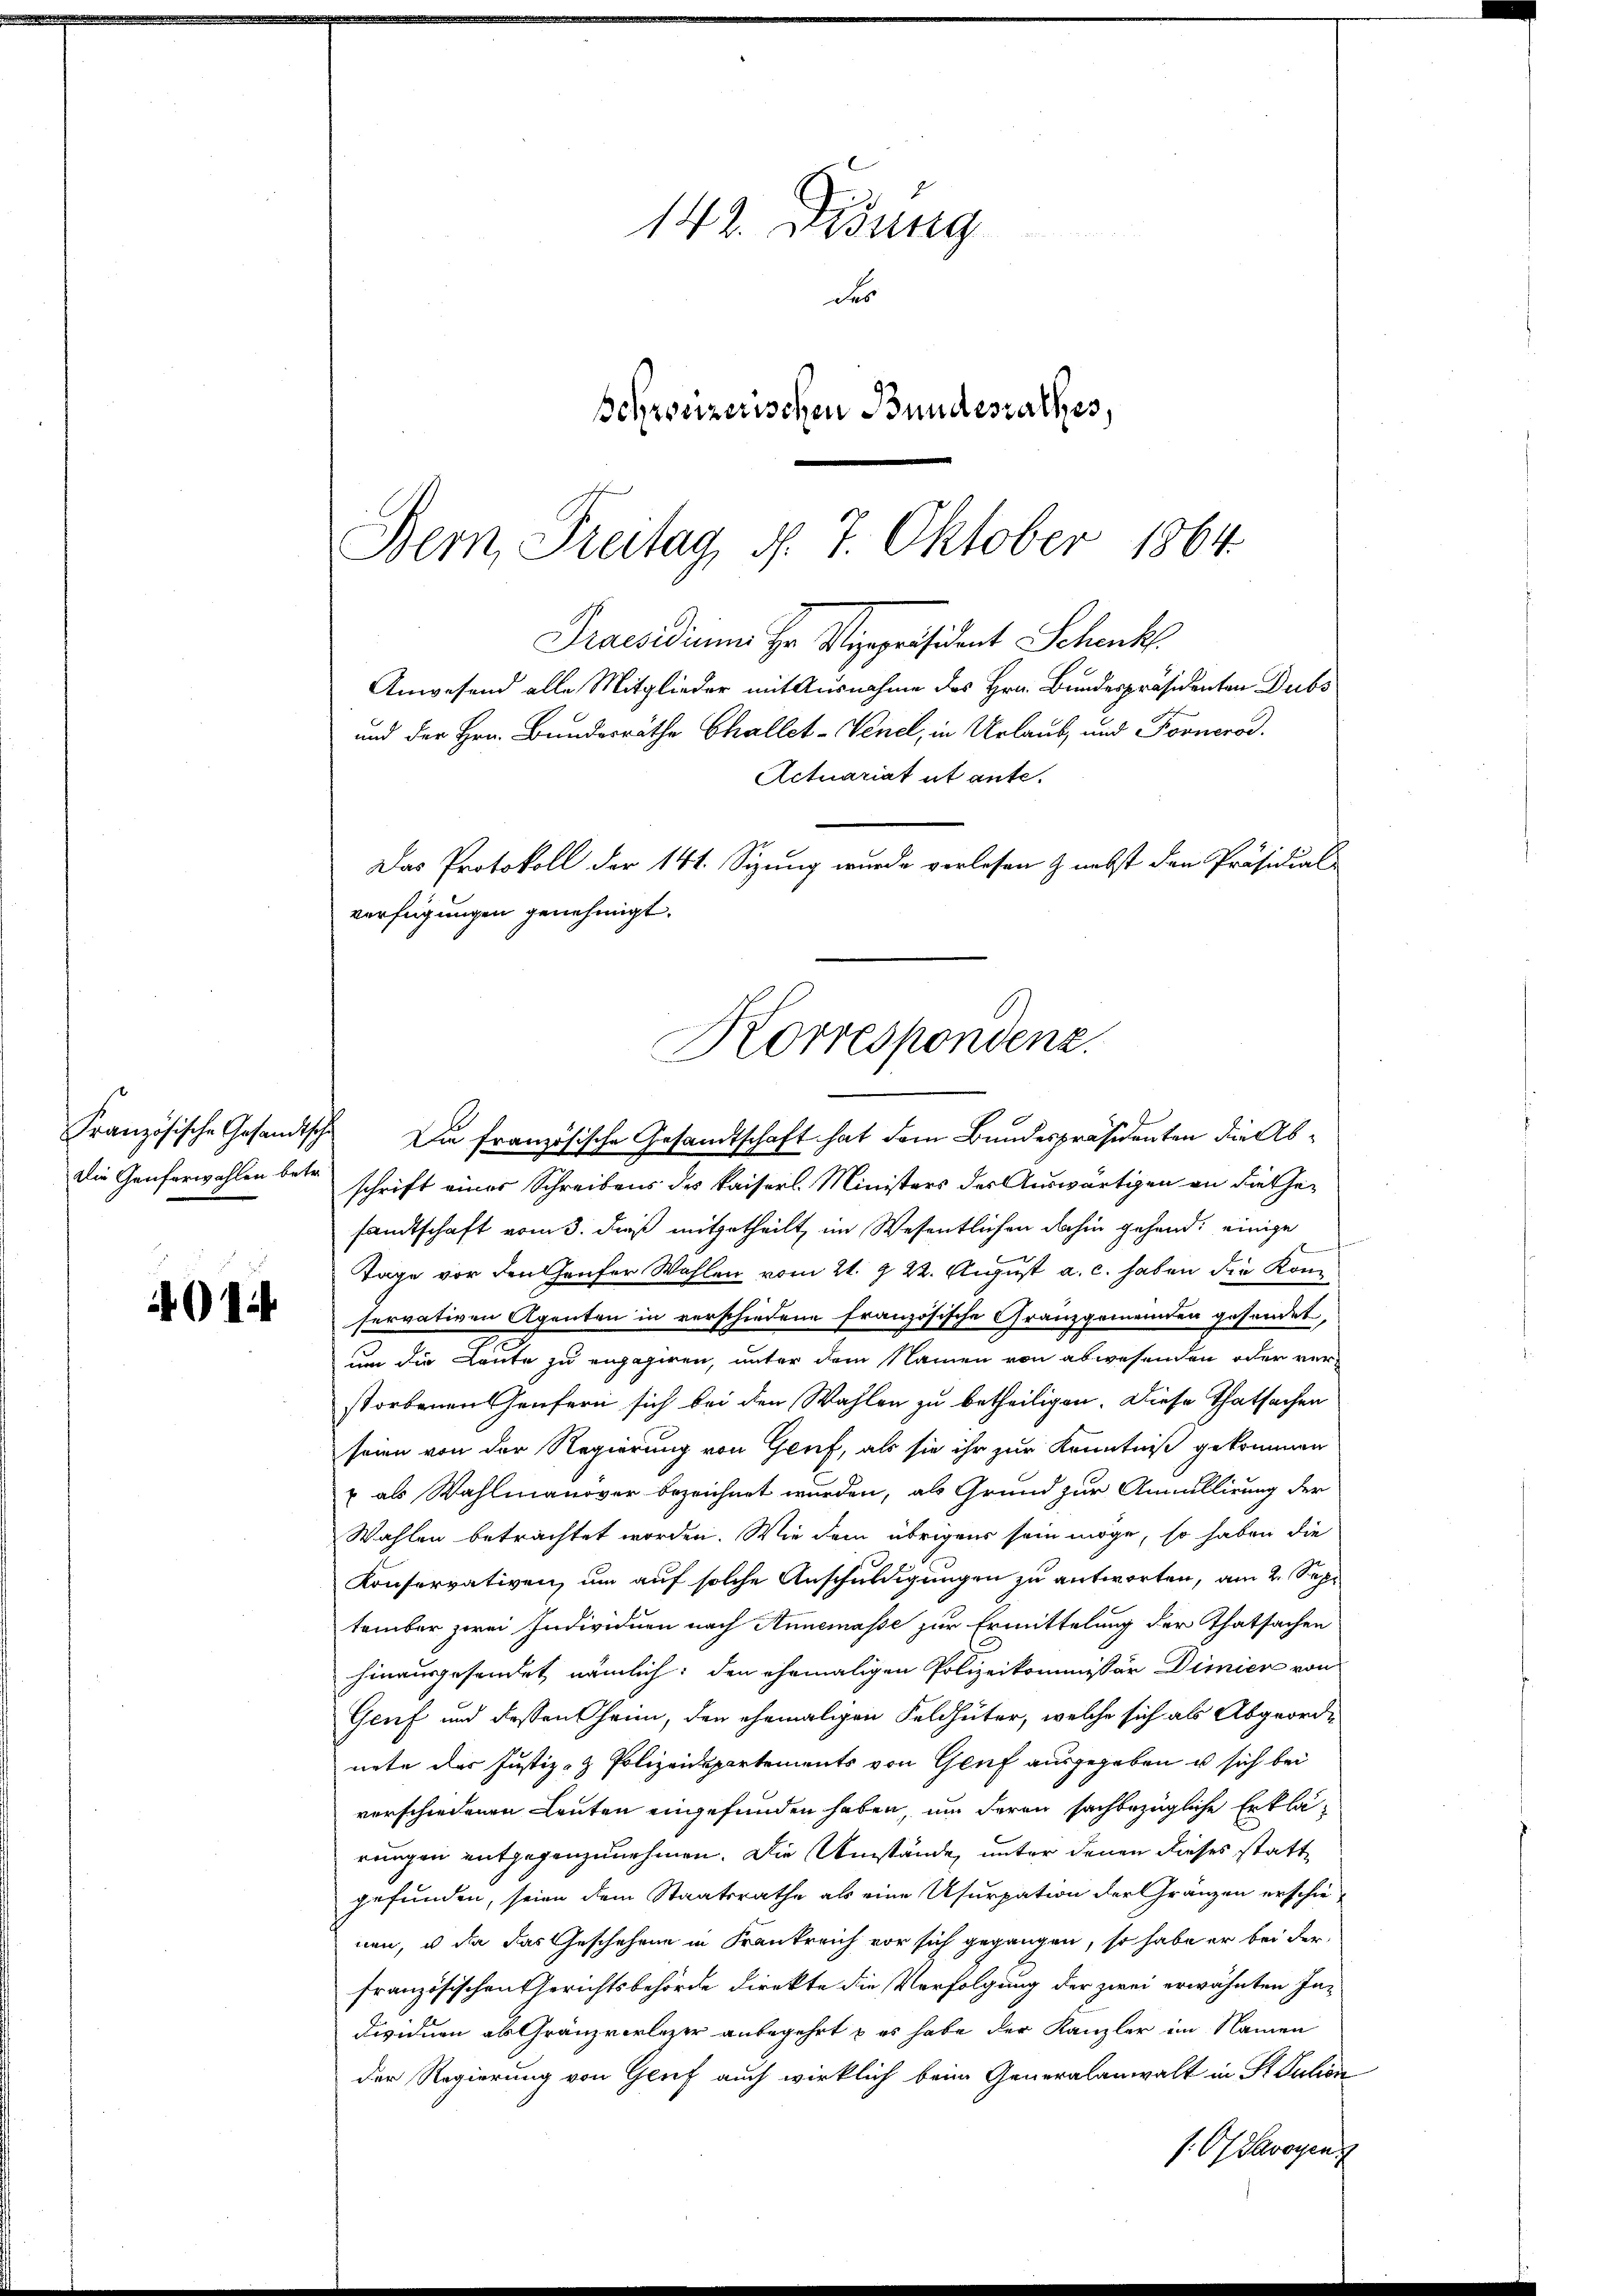
401

142. Didung
de
schreizerischen Bundesrathes,

Bern, Freitag, d. 7. Oktober 1864.
Praesidium Hr. Vizepräsident Schenk.
und der Hrn. Bundesräthe Challet-Venel, in Urlaub und Fornerod.
Actuariat ut ante.
Das Protokoll der 141. Sizung wurde vorlesen & nebst den Präsidial-
verfügungen genehmigt.
Korrespondenz.

Französische Gesandtsche Die französische Gesandtschaft hat dem Bundespräsidenten die Ab¬
Die Genferwahlen betr. schrift eines Schreibens des Kaisers Ministers der Auswärtigen an diessesandtschaft vom 3. dieß mitgetheilt, im Wesentlichen dahin gehend: einige
Tage vor den Heufer Wahlen vom 21. 9. 22. August a. c. haben die Komservativen Agenten in verschiedene französische Granzgemeinden gesendet,
un die Leute zu engagiren, unter dem Namen von abwesenden oder verstorbenen Heufern sich bei den Wahlen zu betheiligen. Diese Thatsachen
seien von der Regierung von Genf, als sie ihr zur Kenntniß gekommen
 als Wahlmanover bezeichnet wurden, als Grund zur Annullirung der
Wahlen betrachtet worden. Wie dem übrigens sein möge, so haben die
Konservativen, um auf solche Anschuldigungen zu antworten, am 2. Sept.
tember zwei Individuen nach Annemasse zur Ermittelung der Thatsachen
hinausgesendet nämlich; den ehemaligen Polizeikommissär Dimiere von
Genf und dessen Chri, den ehemaligen Feldhüter, welche sich als Abgeordi
nete der Justiz- & Polizeidepartements von Genf ausgegeben u sich bei
verschiedenen Leuten eingefunden haben, um deren sachbezügliche Erklärungen entgegenzunehmen. Die Umstände, unter denen dieses stattgefunden, seien dem Staatsrathe als eine Usurpation der Gränzen erschie-
nen, u. da das Geschehene in Krankreich vor sich gegangen, so habe er bei der
französischen Gerichtsbehörde direkte die Verfolgung der zwei erwähnten In-
dividuen als Gränzvorleser anbegehrt & es habe der Kanzler im Namen
der Regierung von Genf auch wirklich beim Generalanwalt in St. Julion
s. Of Savoyen

Anwesend alle Mitglieder mit Ausnahme des Hrn. Bundespräsidenten Dubs